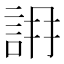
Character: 𧧛